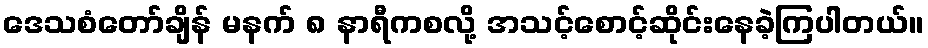
ဒေသစံတော်ချိန် မနက် ၈ နာရီကစလို့ အသင့်စောင့်ဆိုင်းနေခဲ့ကြပါတယ်။